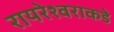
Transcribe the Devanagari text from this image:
रायरेश्वराकडे